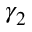
\gamma _ { 2 }